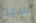
سيد